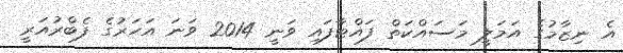
އެ ނިޒާމުގެ އަމަލީ މަސައްކަތް ފައްޓާފައި ވަނީ 2014 ވަނަ އަހަރުގެ ފެބްރުއަރީ